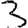
Digit: 3